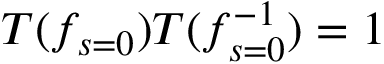
T ( f _ { s = 0 } ) T ( f _ { s = 0 } ^ { - 1 } ) = 1